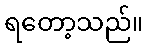
ရတော့သည်။